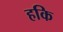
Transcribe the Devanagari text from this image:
हकि